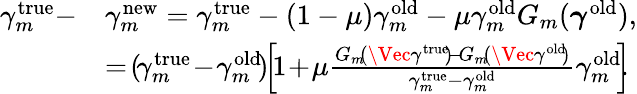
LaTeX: \begin{array}{rl}{\gamma_{m}^{\mathrm{true}}-}&{\gamma_{m}^{\mathrm{new}}=\gamma_{m}^{\mathrm{true}}-(1-\mu)\gamma_{m}^{\mathrm{old}}-\mu\gamma_{m}^{\mathrm{old}}G_{m}(\boldsymbol{\gamma}^{\mathrm{old}}),}\\ &{=\! (\! \gamma_{m}^{\mathrm{true}}\! -\! \gamma_{m}^{\mathrm{old}}\! )\! \! \left[\! 1\! +\! \mu\frac{G_{m}\! (\Vec{\gamma}^{\mathrm{true}}\! )\! -\! G_{m}\! (\Vec{\gamma}^{\mathrm{old}}\! )}{\gamma_{m}^{\mathrm{true}}-\gamma_{m}^{\mathrm{old}}}\gamma_{m}^{\mathrm{old}}\! \right]\! \! .}\end{array}